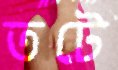
তটে